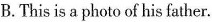
B. This is a photo of his father.